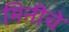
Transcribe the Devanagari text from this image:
मिनीचे